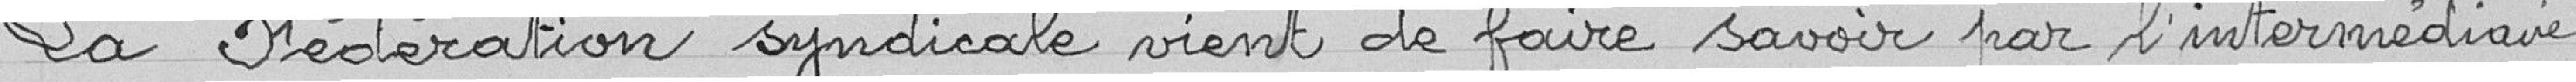
La Fédération syndicale vient de faire savoir par l’intermédiaire